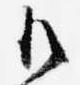
御